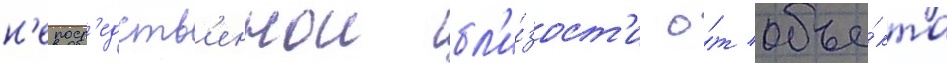
н'епоср'едств'еннои бл'и́зост'и о́т объе́кта